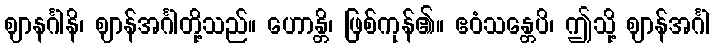
ဈာနင်္ဂါနိ၊ ဈာန်အင်္ဂါတို့သည်။ ဟောန္တိ၊ ဖြစ်ကုန်၏။ ဧဝံသန္တေပိ၊ ဤသို့ ဈာန်အင်္ဂါ